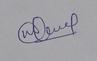
Signature authenticity: genuine